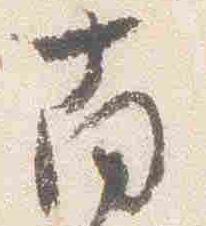
南